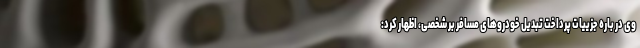
وی در باره جزییات پرداخت تبدیل خودروهای مسافر بر شخصی، اظهار کرد: